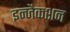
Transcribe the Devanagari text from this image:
इन्जैकशन